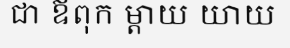
ជា ឪពុក ម្តាយ យាយ